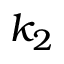
k _ { 2 }